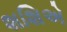
શશિએ